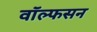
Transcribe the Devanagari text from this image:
वॉल्फसन